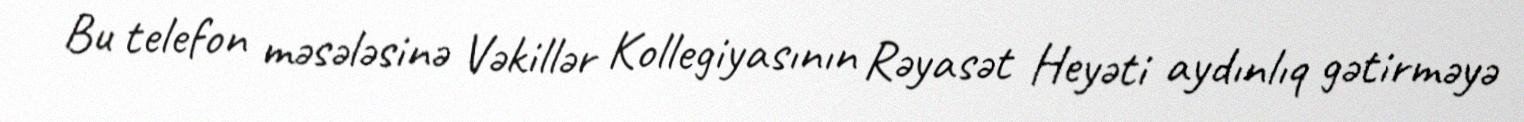
Bu telefon məsələsinə Vəkillər Kollegiyasının Rəyasət Heyəti aydınlıq gətirməyə